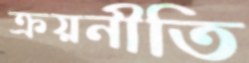
ক্রয়নীতি